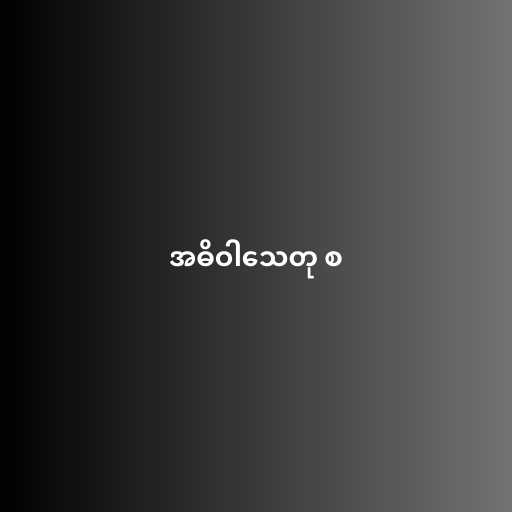
အဓိဝါသေတု စ